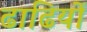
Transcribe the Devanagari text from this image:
ढाढियों